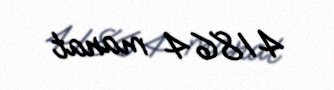
41864 manat